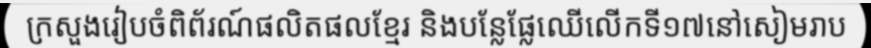
ក្រសួងរៀបចំពិព័រណ៍ផលិតផលខ្មែរ និងបន្លែផ្លែឈើលើកទី១៧នៅសៀមរាប